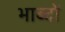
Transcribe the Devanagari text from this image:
भाब्दों